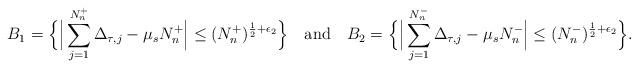
LaTeX: \begin{align*}B_1 = \Big\{ \Big| \sum_{j=1}^{N_n^+} \Delta_{\tau,j} - \mu_s N_n^+ \Big| \leq (N_n^+)^{\frac{1}{2} + \epsilon_2} \Big\} ~~\mbox{ and }~~B_2 = \Big\{ \Big| \sum_{j=1}^{N_n^-} \Delta_{\tau,j} - \mu_s N_n^- \Big| \leq (N_n^-)^{\frac{1}{2} + \epsilon_2} \Big\}.\end{align*}